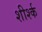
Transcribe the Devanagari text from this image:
शीर्श्क